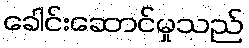
ခေါင်းဆောင်မှုသည်